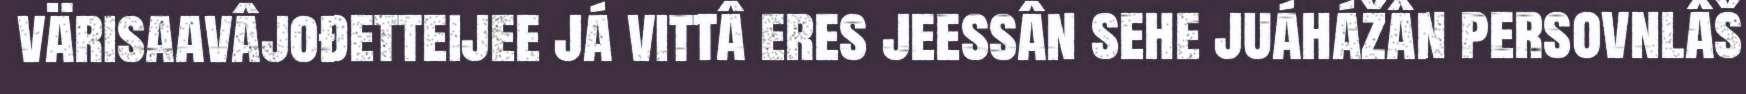
värisaavâjođetteijee já vittâ eres jeessân sehe juáhážân persovnlâš